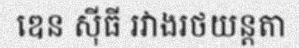
ឌេន ស៊ីធី រវាងរថយន្តតា